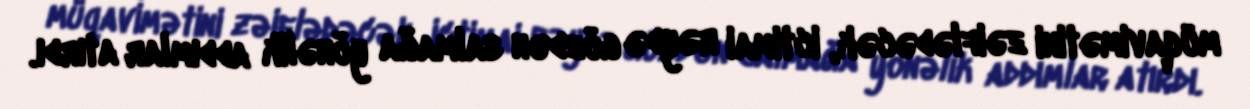
müqavimətini zəiflədəcək, ictimai rəydə gözdən salmağa yönəlik addımlar atırdı.